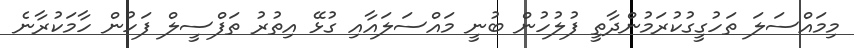
މިމައްސަލަ ތަހުގީގުކުރަމުންދާތީ ފުލުހުން ބުނީ މައްސަލައާއި ގުޅޭ އިތުރު ތަފްސީލް ފަހުން ހާމަކުރާނެ